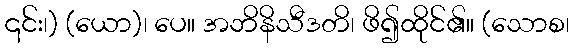
၎င်း၊) (ယော)၊ ပေ။ အဘိနိသီဒတိ၊ ဖိ၍ထိုင်၏။ (သောစ၊